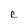
Character: c